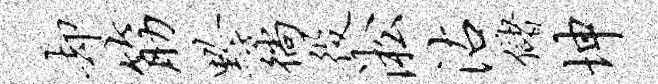
却筋黔徜役淞沾储坤